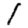
Digit: 1